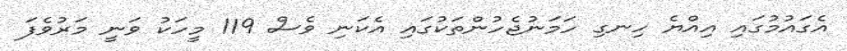
އެގައުމުގައި އިއްޔެ ހިނގި ހަމަނުޖެހުންތަކުގައި އެކަނި ވެސް 119 މީހަކު ވަނީ މަރުވެފަ